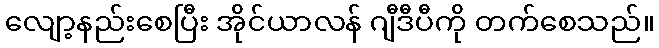
လျော့နည်းစေပြီး အိုင်ယာလန် ဂျီဒီပီကို တက်စေသည်။